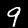
Label: 9